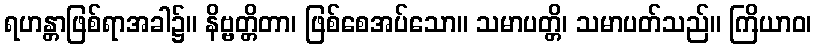
ရဟန္တာဖြစ်ရာအခါ၌။ နိဗ္ဗတ္တိတာ၊ ဖြစ်စေအပ်သော။ သမာပတ္တိ၊ သမာပတ်သည်။ ကြိယာဝ၊